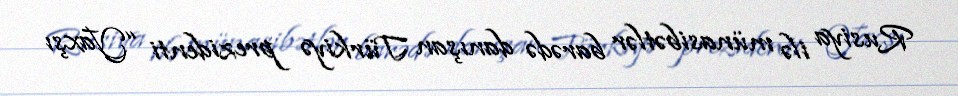
Rusiya ilə münasibətlər barədə danışan Türkiyə prezidenti “Yaxşı